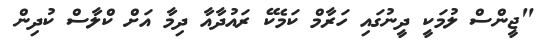
"ޖީންސް ލުމަކީ ދީނުގައި ހަރާމް ކަމެކޭ ރައުދާއާ ދިމާ އަށް ކްލާސް ކުދިން